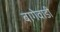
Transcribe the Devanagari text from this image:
बागेवाडी